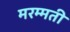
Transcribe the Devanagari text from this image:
मरम्‍मती